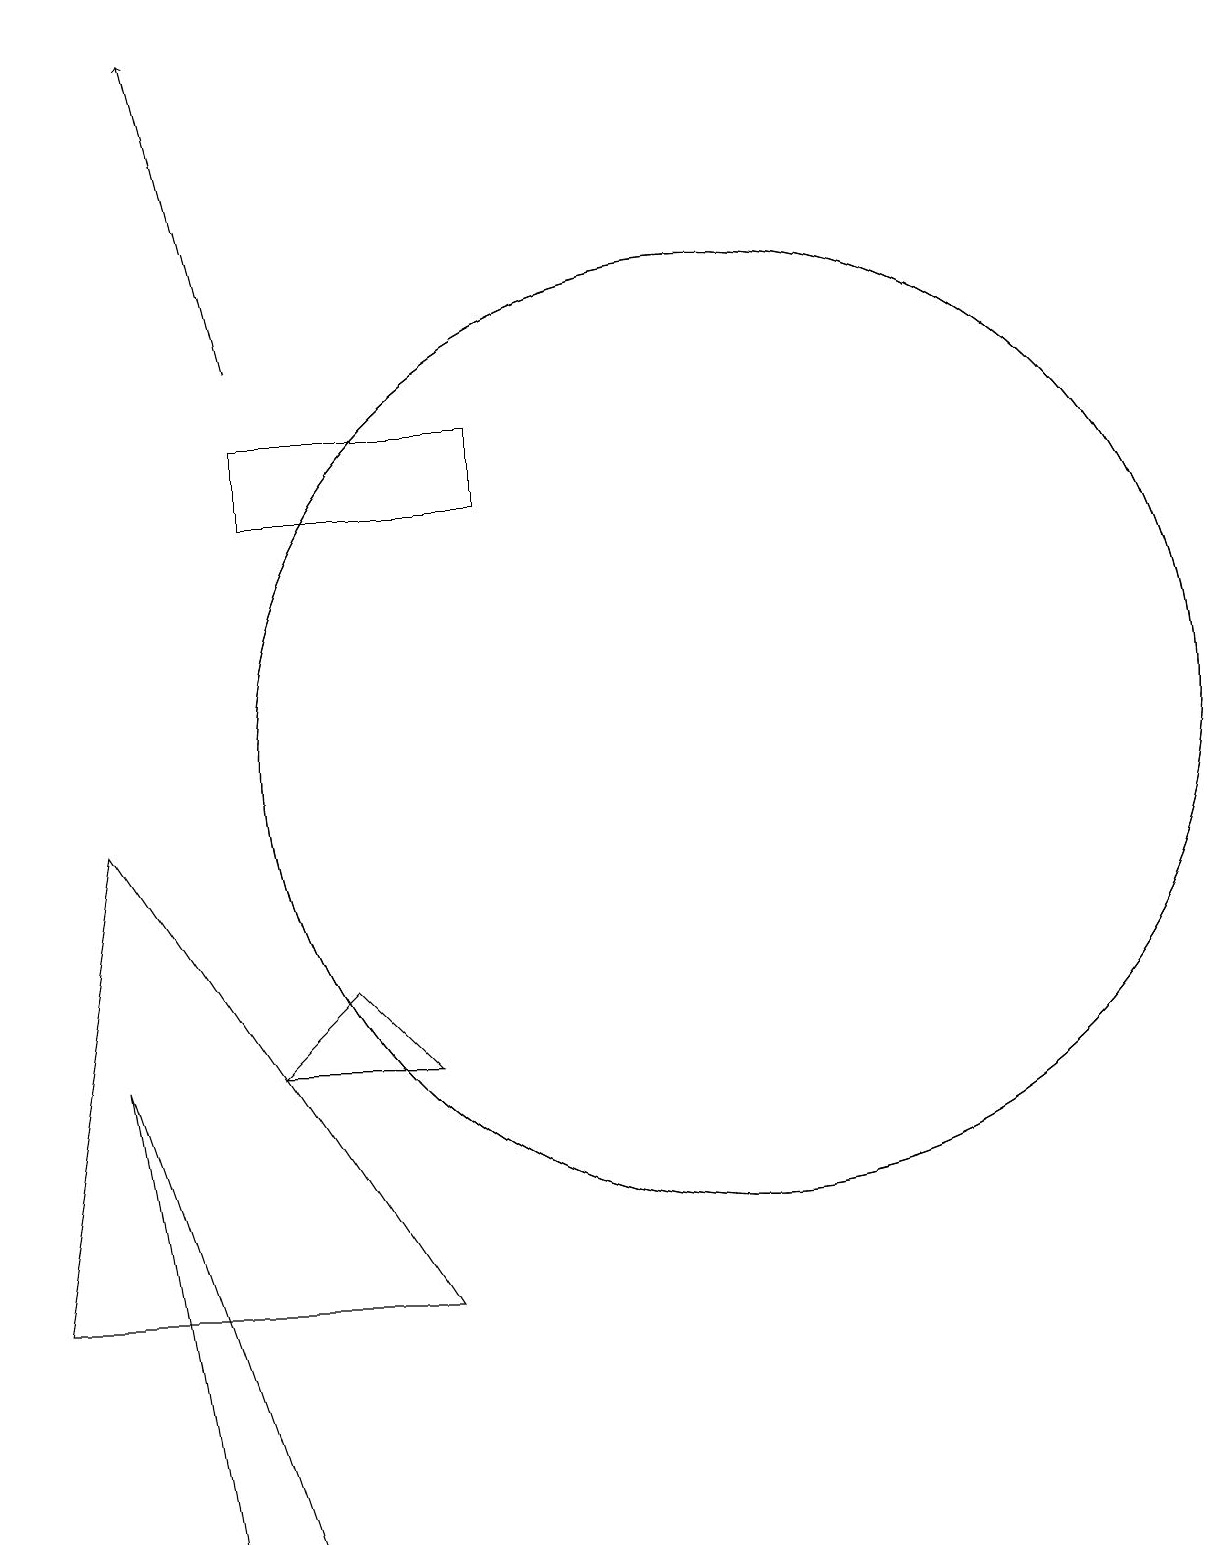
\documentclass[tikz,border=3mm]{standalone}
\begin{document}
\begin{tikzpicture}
\draw (4,0) -- (5,0) -- (3,6) -- cycle;
\draw (11,10) circle (6);
\draw (8,14) rectangle (5,13);
\draw (7,6) -- (5,6) -- (6,7) -- cycle;
\draw (2,3) -- (7,3) -- (3,9) -- cycle;
\draw (11,10) circle (6);
\draw[->] (5,15) -- (4,19);
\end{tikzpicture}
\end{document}